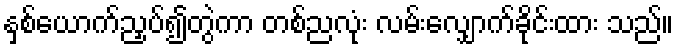
နှစ်ယောက်ညှပ်၍တွဲကာ တစ်ညလုံး လမ်းလျှောက်ခိုင်းထား သည်။